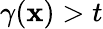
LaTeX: \gamma(\boldsymbol{\mathbf{x}})>t